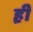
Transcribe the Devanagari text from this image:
ह़ी